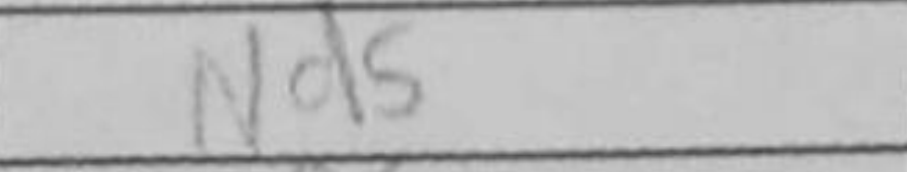
Transcription: Nd5